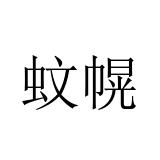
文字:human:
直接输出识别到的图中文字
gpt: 蚊幌